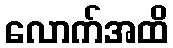
လောက်အထိ